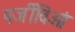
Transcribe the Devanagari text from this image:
पर्जीविओं